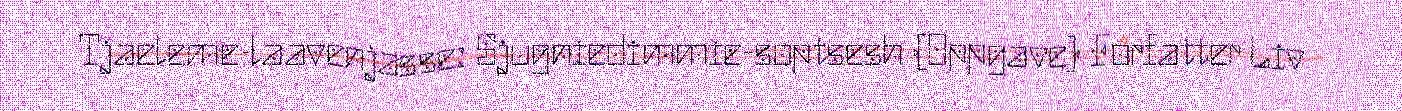
Tjaeleme-laavenjasse: Sjugniedimmie-soptsesh (Oppgave) Forfatter Liv